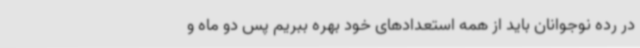
در رده نوجوانان باید از همه استعدادهای خود بهره ببریم پس دو ماه و